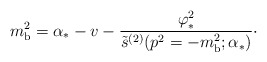
\begin{align*}m_{\rm b}^{2} = \alpha_{*}-v- {\varphi_{*}^{2}\over\tilde s^{(2)}(p^{2}=-m_{\rm b}^{2};\alpha_{*})}\cdotp\end{align*}